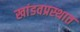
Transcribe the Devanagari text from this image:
खांडवप्रस्थात